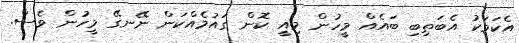
އެކަމަކު އެބަތިބި ބައެއް މީހުން މިއީ ކޮން ގައުމެއްކަން ނޭނގޭ މީހުން ވެސް.